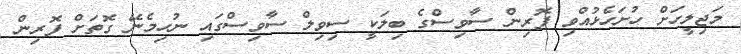
މަޖިިލީހަށް ހުށަހެޅުއްވި ފޮރިން ސާވިސްގެ ބިލަކީ ސިވިލް ސާވިސްގައި ނުހިމެނޭ ގޮތަށް ފޮރިން